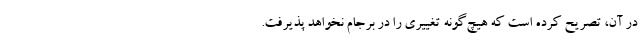
در آن، تصریح کرده است که هیچ‌گونه تغییری را در برجام نخواهد پذیرفت.